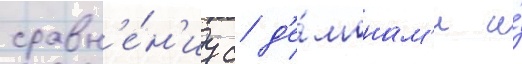
сравн'е́н'иу с д'е́монам'и и́